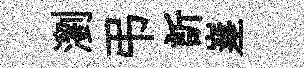
瀏弔訢嵳